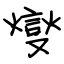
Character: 燮